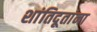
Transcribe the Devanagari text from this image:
शांतिदूतांना